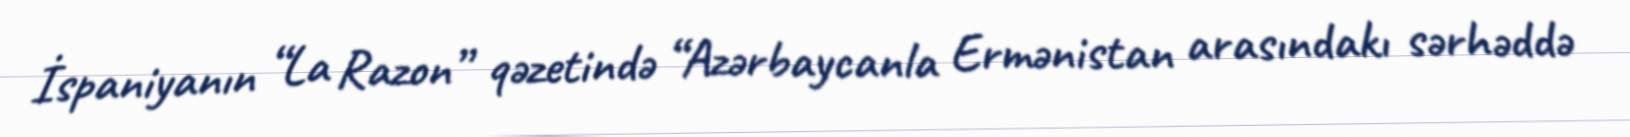
İspaniyanın “La Razon” qəzetində “Azərbaycanla Ermənistan arasındakı sərhəddə